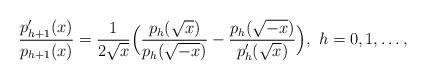
LaTeX: \begin{align*}\frac{p'_{h+1}(x)}{p_{h+1}(x)}=\frac{1}{2\sqrt x}\Big(\frac{p_h(\sqrt x)}{p_h(\sqrt{-x})}-\frac{p_h(\sqrt {-x})}{p'_h(\sqrt x)}\Big),~h=0,1,\dots, \end{align*}